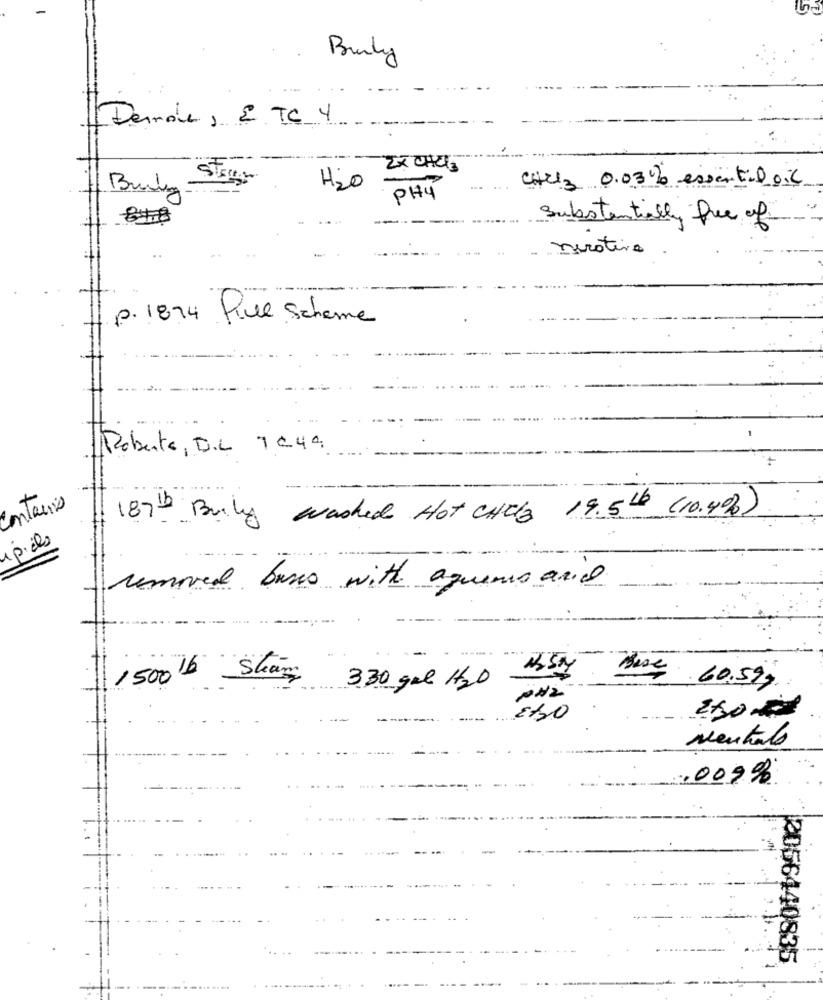
Budy
Dernada , ETC 4
2X CHCI
-
Chtel3 0.03% essential oil
H2O
PHY
Substantially free of
meratino
p. 1874 Pille Scheme
Roberto, D.L 7244
Contaris
187th Bully washed Hot CHELa 19.5th (10.4%)
1 p. dls
removed bases with aquienes acid
1500 lb Share
330 gel H2O
60.599
neutral
,009%
2056440835